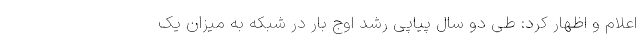
اعلام و اظهار کرد: طی دو سال پیاپی رشد اوج بار در شبکه به میزان یک